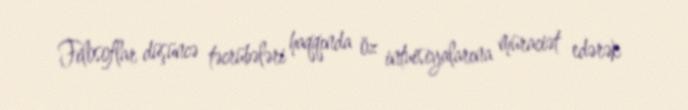
Filosoflar düşüncə təcrübələri haqqında öz intuisiyalarına müraciət edərək